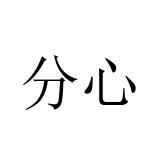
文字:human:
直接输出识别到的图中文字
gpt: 分心